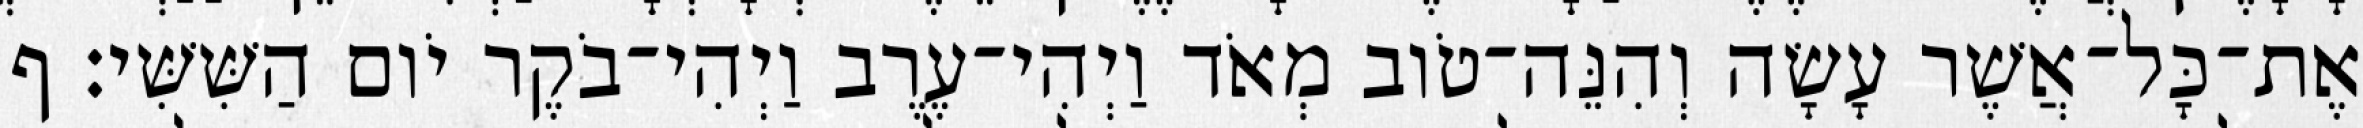
אֶת־כָּל־אֲשֶׁר עָשָׂה וְהִנֵּה־טֹוב מְאֹד וַיְהִי־עֶרֶב וַיְהִי־בֹקֶר יֹום הַשִּׁשִּׁי׃ ף